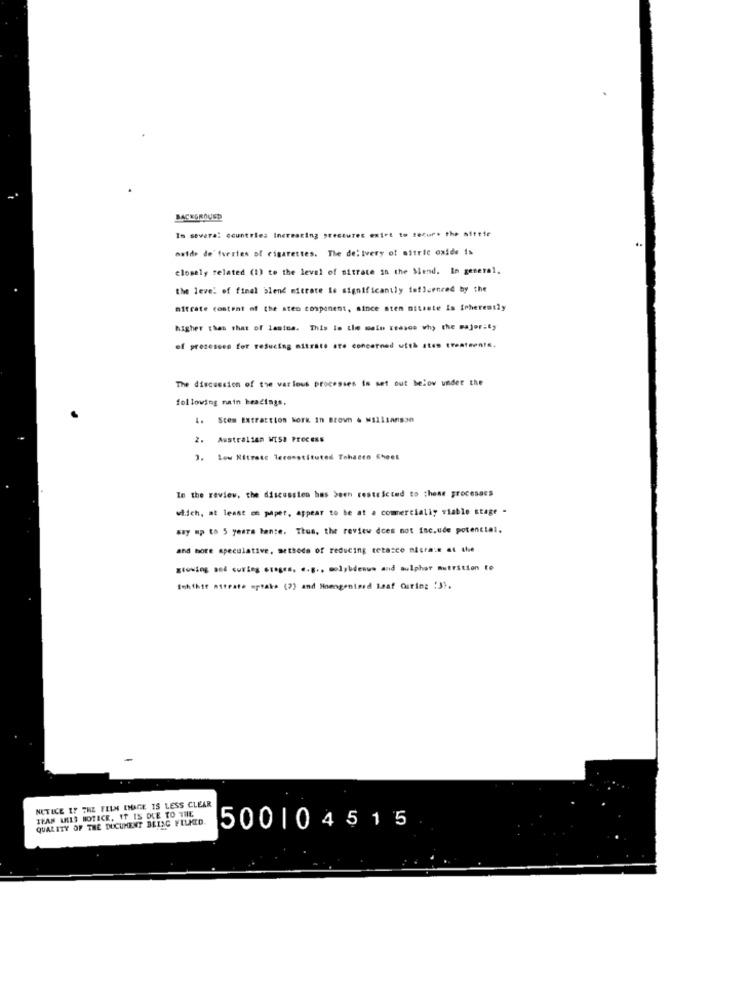
BACKGROUND
In several countries increating prestures exiet to seturs the aittir
matde de" fuertes of cigarettes. The delivery of nitric oxide is
closely related (1) to the level of sitrate in the Mend. In general.
the level of final blend mitrate le significantly influenced by the
nitrate content of the sten component, since sten miteste is inherently
higher than that of lastes. This is the main reason why the majority
of prozesses for reducing nitrate are concerned with stes treatmente.
The discussion of the various processes in set out below under the
following main headings.
4. Stem Extraction NOTk In Brown . MILLIAns30
. Australian MISa Process
. Low Nitrate Teconstituted Tobacco Sheet
In the review, the discussion has been restricted to these processes
which, at least on paper, appear to be at a comercialiy stable stage -
say up to 5 years bante. Thus, the review does not inc.ude potencial.
and bore speculative, methods of reducing cetasco nicraie at the
growing sel curies otages. .. g ., molybdenww and sulphor nutrition to
fohthit nitrate spraks (2) and Homogenized Leaf Ouring !3).
NETICE IF THE FILM ENAGE IS LESS CLEAR
IRAN ARIS NOTICE, IT IS DUE TO THE
QUALITY OF THE DOCUMENT BEING FILMED.
500104515